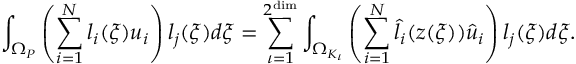
\int _ { \Omega _ { P } } \left( \sum _ { i = 1 } ^ { N } l _ { i } ( \boldsymbol { \xi } ) u _ { i } \right) l _ { j } ( \boldsymbol { \xi } ) d \boldsymbol { \xi } = \sum _ { \iota = 1 } ^ { 2 ^ { \dim } } \int _ { \Omega _ { K _ { \iota } } } \left( \sum _ { i = 1 } ^ { N } \hat { l } _ { i } ( \boldsymbol { z } ( \boldsymbol { \xi } ) ) \hat { u } _ { i } \right) l _ { j } ( \boldsymbol { \xi } ) d \boldsymbol { \xi } .